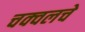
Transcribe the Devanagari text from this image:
चक्वलचे